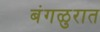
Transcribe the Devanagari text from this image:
बंगळुरात